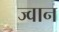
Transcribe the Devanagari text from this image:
ज्वान